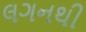
લગનથી